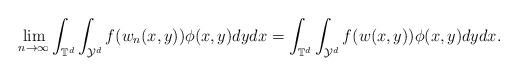
LaTeX: \begin{align*} \lim_{n\rightarrow \infty}\int_{\mathbb{T}^d}\int_{\mathcal{Y}^d}f (w_n (x,y ) )\phi (x,y )dydx=\int_{\mathbb{T}^d}\int_{\mathcal{Y}^d}f (w (x,y ) )\phi (x,y )dydx. \end{align*}